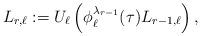
LaTeX: \begin{align*} L_{r,\ell}:=U_{\ell}\left(\phi_{\ell}^{\lambda_{r-1}}(\tau)L_{r-1,\ell}\right), \end{align*}